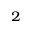
^ 2